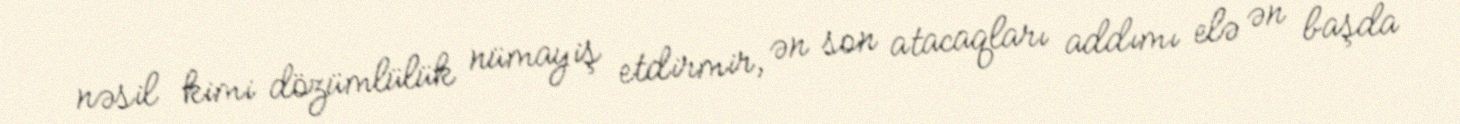
nəsil kimi dözümlülük nümayiş etdirmir, ən son atacaqları addımı elə ən başda